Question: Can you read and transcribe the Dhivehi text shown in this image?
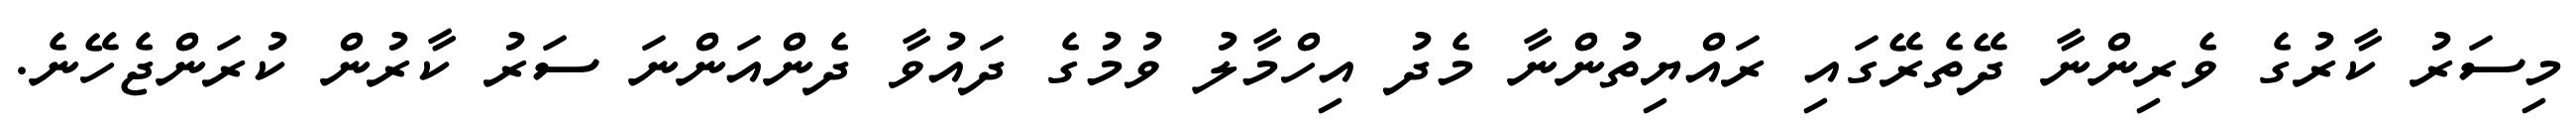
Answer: މިސަރު ކާރުގެ ވެރިންނާ ދޭތެރޭގައި ރައްޔިތުންނާ މެދު އިހްމާލު ވުމުގެ ދައުވާ ދެންއަންނަ ސަރު ކާރުން ކުރަންޖެހޭނެ.